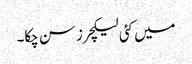
میں کئی لیکچرز سن چکا۔